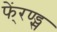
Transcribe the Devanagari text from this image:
फें्रण्ड्स